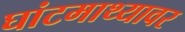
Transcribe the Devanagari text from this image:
घांटमाथ्यावर